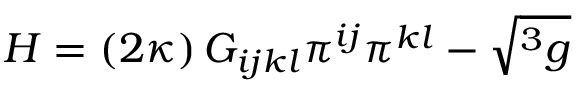
{ \cal H } = \left( 2 \kappa \right) G _ { i j k l } \pi ^ { i j } \pi ^ { k l } - \sqrt { ^ { 3 } g }